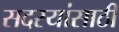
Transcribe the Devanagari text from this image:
सदस्यांसाठी